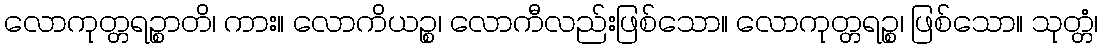
လောကုတ္တရဉ္စာတိ၊ ကား။ လောကိယဉ္စ၊ လောကီလည်းဖြစ်သော။ လောကုတ္တရဉ္စ၊ ဖြစ်သော။ သုတ္တံ၊